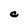
Character: C